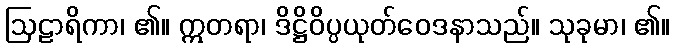
ဩဠာရိကာ၊ ၏။ ဣတရာ၊ ဒိဋ္ဌိဝိပ္ပယုတ်ဝေဒနာသည်။ သုခုမာ၊ ၏။